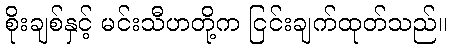
စိုးချစ်နှင့် မင်းသီဟတို့က ငြင်းချက်ထုတ်သည်။